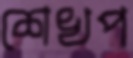
শেখপ